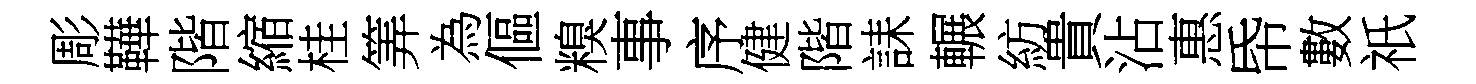
彫鞾階縮桂筭為傴糗事序健階誄輾紡貴沾惠帋數祇